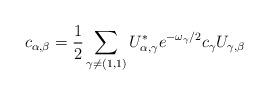
LaTeX: \begin{align*}c_{\alpha,\beta} = \frac12\sum_{\gamma\neq (1,1)} U^*_{\alpha,\gamma} e^{-\omega_\gamma/2}c_\gamma U_{\gamma,\beta}\end{align*}